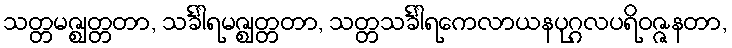
သတ္တမဇ္ဈတ္တတာ, သင်္ခါရမဇ္ဈတ္တတာ, သတ္တသင်္ခါရကေလာယနပုဂ္ဂလပရိဝဇ္ဇနတာ,